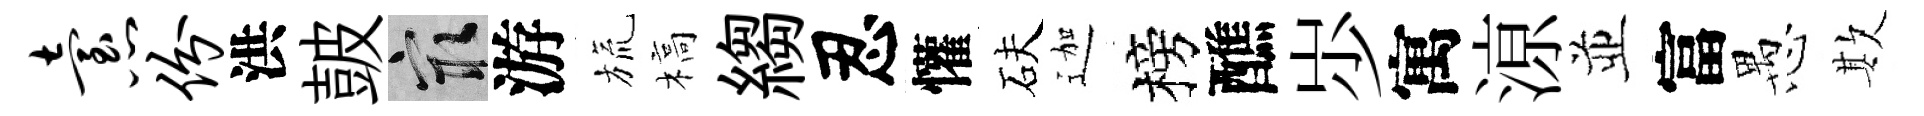
怠份洪皷冣游旒槁縐忍懽砆迦榜醮𡵯寓鿌並富愚欺